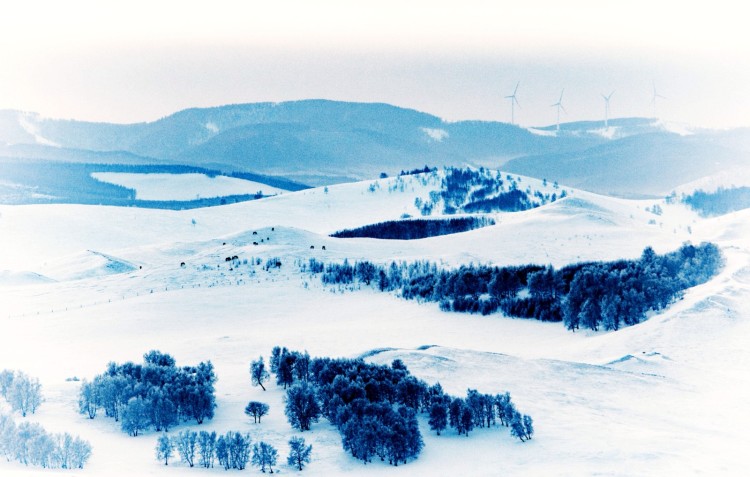
霸图今已矣，驱马复归来。